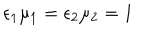
\epsilon _ { 1 } \mu _ { 1 } = \epsilon _ { 2 } \mu _ { 2 } = 1